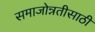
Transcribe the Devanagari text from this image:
समाजोन्नतीसाठी